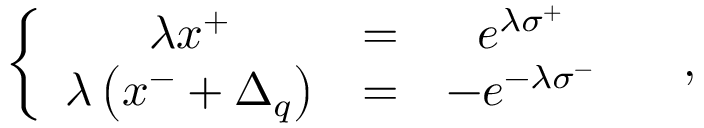
\left\{ \begin{array} { c c c } { { \lambda x ^ { + } } } & { { = } } & { { e ^ { \lambda \sigma ^ { + } } } } \\ { { \lambda \left( x ^ { - } + \Delta _ { q } \right) } } & { { = } } & { { - e ^ { - \lambda \sigma ^ { - } } } } \end{array} \ \ \ \ , \right.